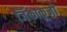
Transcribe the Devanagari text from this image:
जिंकाकूजी